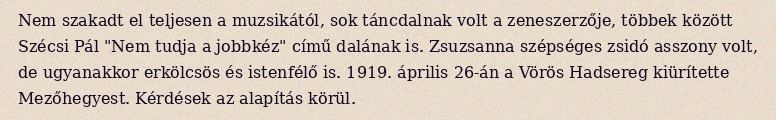
Nem szakadt el teljesen a muzsikától, sok táncdalnak volt a zeneszerzője, többek között Szécsi Pál "Nem tudja a jobbkéz" című dalának is. Zsuzsanna szépséges zsidó asszony volt, de ugyanakkor erkölcsös és istenfélő is. 1919. április 26-án a Vörös Hadsereg kiürítette Mezőhegyest. Kérdések az alapítás körül.